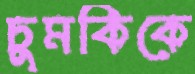
চুমকিকে